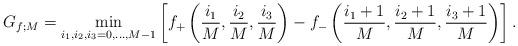
LaTeX: \begin{align*}G_{f;M}&=\min_{i_1,i_2,i_3=0,\dots,M-1} \left[f_+\left(\frac{i_1}{M} ,\frac{i_2}{M} ,\frac{i_3}{M} \right)-f_-\left(\frac{i_1+1}{M} ,\frac{i_2+1}{M} ,\frac{i_3+1}{M} \right)\right].\end{align*}